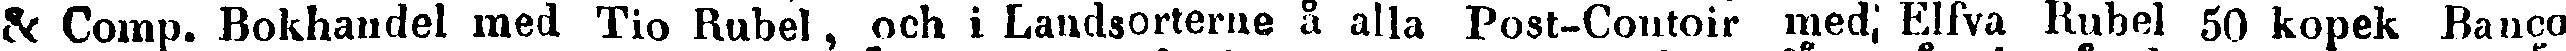
& Comp. Bokhandel med Tio Rubel, och i Landsorterne å alla Post-Contoir med Elfva Rubel 50 kopek Banco